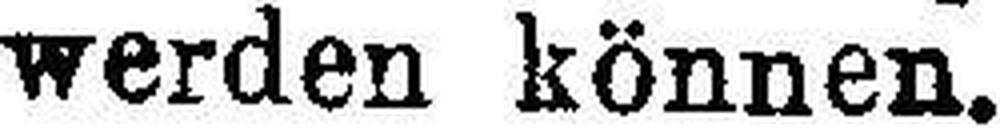
werden können.